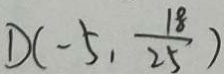
D ( - 5 , \frac { 1 8 } { 2 5 } )